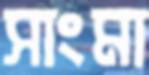
সাংমা